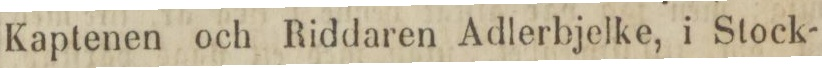
Kaptenen och Riddaren Adlerbjelke, i Stock-